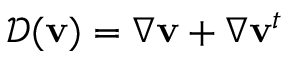
{ \mathcal { D } } ( { \mathbf v } ) = \nabla { \mathbf v } + \nabla { \mathbf v } ^ { t }